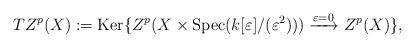
LaTeX: \begin{align*} TZ^{p}(X):= \mathrm{Ker} \{Z^{p}(X \times \mathrm{Spec}(k[\varepsilon]/(\varepsilon^{2}))) \xrightarrow{\varepsilon=0} Z^{p}(X) \},\end{align*}